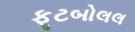
ફૂટબોલલ